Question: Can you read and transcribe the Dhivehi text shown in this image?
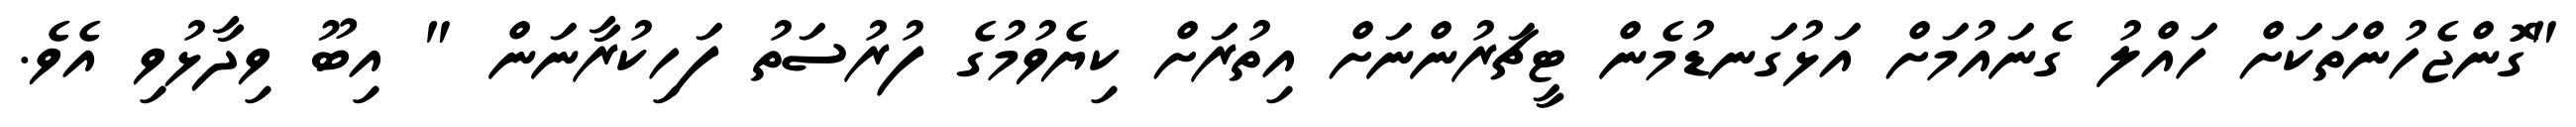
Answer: "ގޮންޖެހުންތަކަށް ހައްލު ގެނައުމަށް އަޅުގަނޑުމެން ޓީޗަރުންނަށް އިތުރަށް ކިޔެވުމުގެ ފުރުސަތު ފަހިކުރާނަން " އިބޫ ވިދާޅުވި އެވެ.